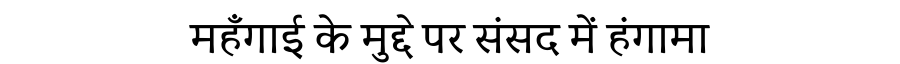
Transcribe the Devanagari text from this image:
महँगाई के मुद्दे पर संसद में हंगामा